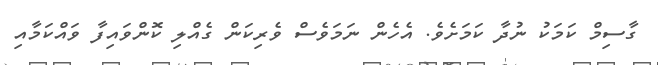
ގާސިމް ކަމަކު ނުދާ ކަމަށެވެ. އެހެން ނަމަވެސް ވެރިކަން ގެއްލި ކޮންވައިފާ ވައްކަމާއި